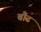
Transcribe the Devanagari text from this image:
बौढ